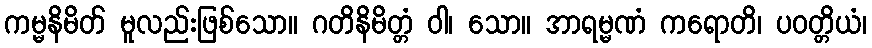
ကမ္မနိမိတ် မူလည်းဖြစ်သော။ ဂတိနိမိတ္တံ ဝါ၊ သော။ အာရမ္မဏံ ကရောတိ၊ ပဝတ္တိယံ၊